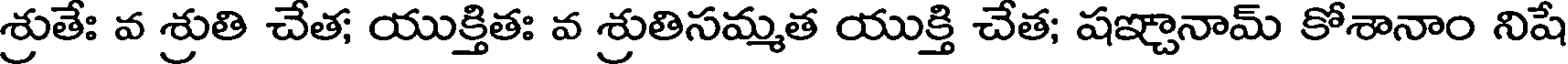
శ్రుతేః వ శ్రుతి చేత; యుక్తితః వ శ్రుతిసమ్మత యుక్తి చేత; షఞ్చానామ్ కోశానాం నిషే